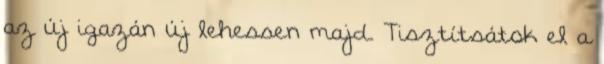
az új igazán új lehessen majd. Tisztítsátok el a